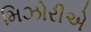
મિઝોરીએ